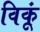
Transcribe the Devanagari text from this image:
विकूं